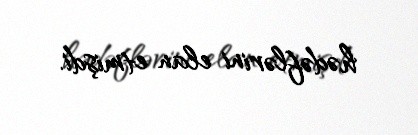
hədəflərini elan etmişdi.